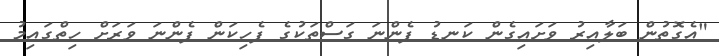
"އެގޮތުން ބަލާއިރު ވަށައިގެން ކަނޑު ފެންނަ ގަސްތަކުގެ ފެހިކަން ފެންނަ ވަަރަށް ހިތްގައިމު